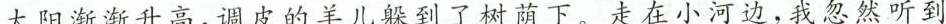
太阳渐渐身高，调皮的羊儿多到了树荫下。走在小河边，我忽然听到